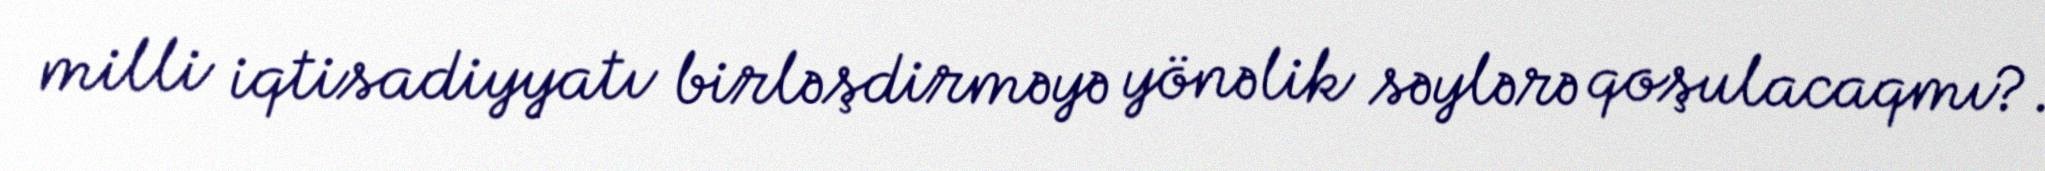
milli iqtisadiyyatı birləşdirməyə yönəlik səylərə qoşulacaqmı?.